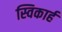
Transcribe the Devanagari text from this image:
स्विकार्ह